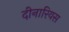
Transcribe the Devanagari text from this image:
दीनारियस